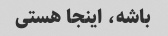
باشه، اینجا هستی